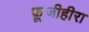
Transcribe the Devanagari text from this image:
फ़ूजीहीरा